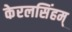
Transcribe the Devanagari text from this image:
केरलसिंहम्